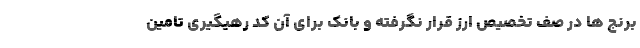
برنج ها در صف تخصیص ارز قرار نگرفته و بانک برای آن کد رهیگیری تامین